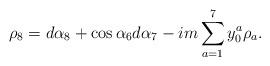
LaTeX: \begin{align*} \rho_8 = d\alpha_8 + \cos{\alpha_6} d\alpha_7-im\sum_{a=1}^7 y^a_0\rho_a.\end{align*}